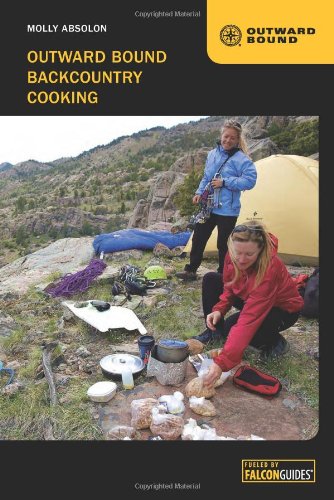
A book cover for Outward Bound Backcountry Cooking; Molly Absolon; Cookbooks, Food & Wine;